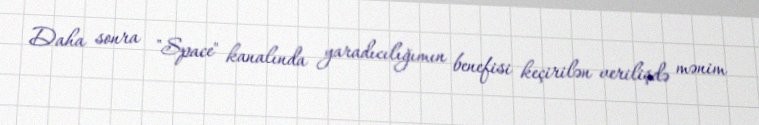
Daha sonra "Space" kanalında yaradıcılığımın benefisi keçirilən verilişdə mənim